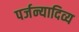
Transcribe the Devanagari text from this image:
पर्जन्यादिव्य